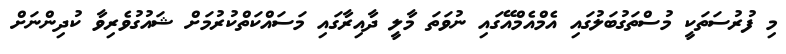
މި ފުރުސަތަކީ މުސްތަގުބަލުގައި އެމްއެމްއޭގައި ނުވަތަ މާލީ ދާއިރާގައި މަސައްކަތްކުރުމަށް ޝައުގުވެރިވާ ކުދިންނަށް